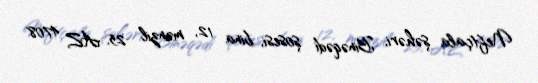
Neftçala şəhəri, Binəqədi şosesi, bina 12, mənzil 25, AZ 4708